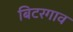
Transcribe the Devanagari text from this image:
बिटरगाव